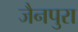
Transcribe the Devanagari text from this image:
जैनपुरा